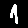
Digit: 1